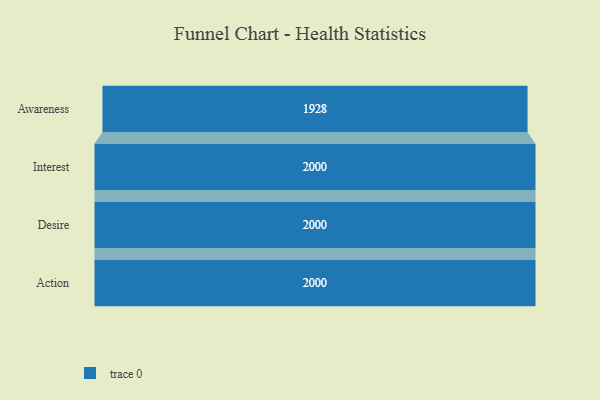
{"axis": {"x": "Stage", "y": "Value"}, "legend": [""], "data": [{"x": "Awareness", "y": 1928.0, "type": ""}, {"x": "Interest", "y": 2000, "type": ""}, {"x": "Desire", "y": 2000, "type": ""}, {"x": "Action", "y": 2000, "type": ""}]}